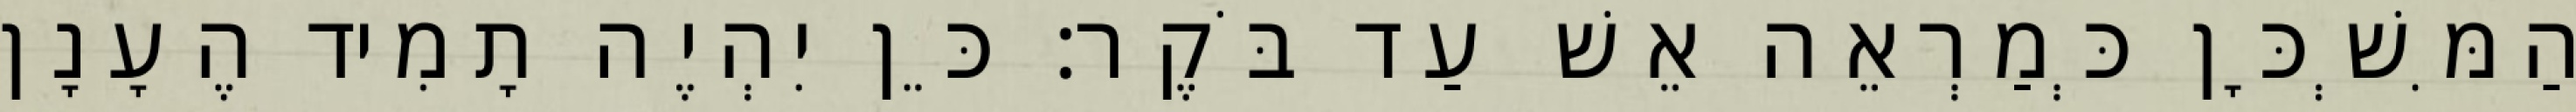
הַמִּשְׁכָּן כְּמַרְאֵה אֵשׁ עַד בֹּקֶר׃ כֵּן יִהְיֶה תָמִיד הֶעָנָן